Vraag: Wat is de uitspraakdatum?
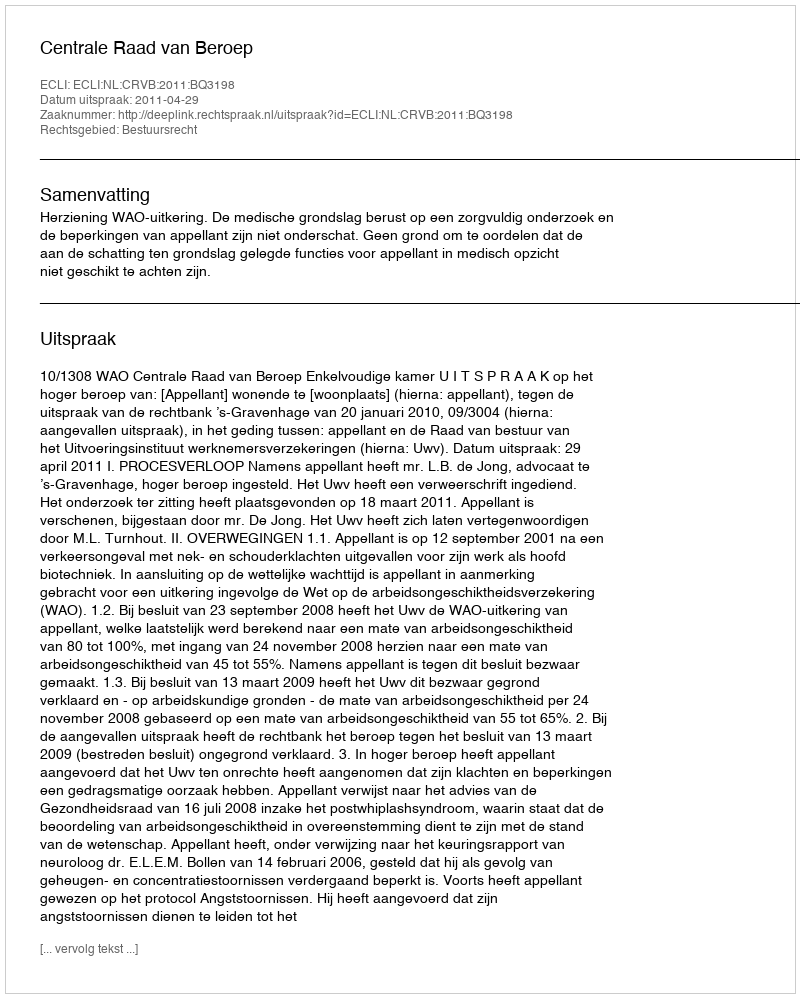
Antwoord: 2011-04-29